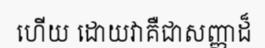
ហើយ ដោយវាគឺជាសញ្ញាដ៏